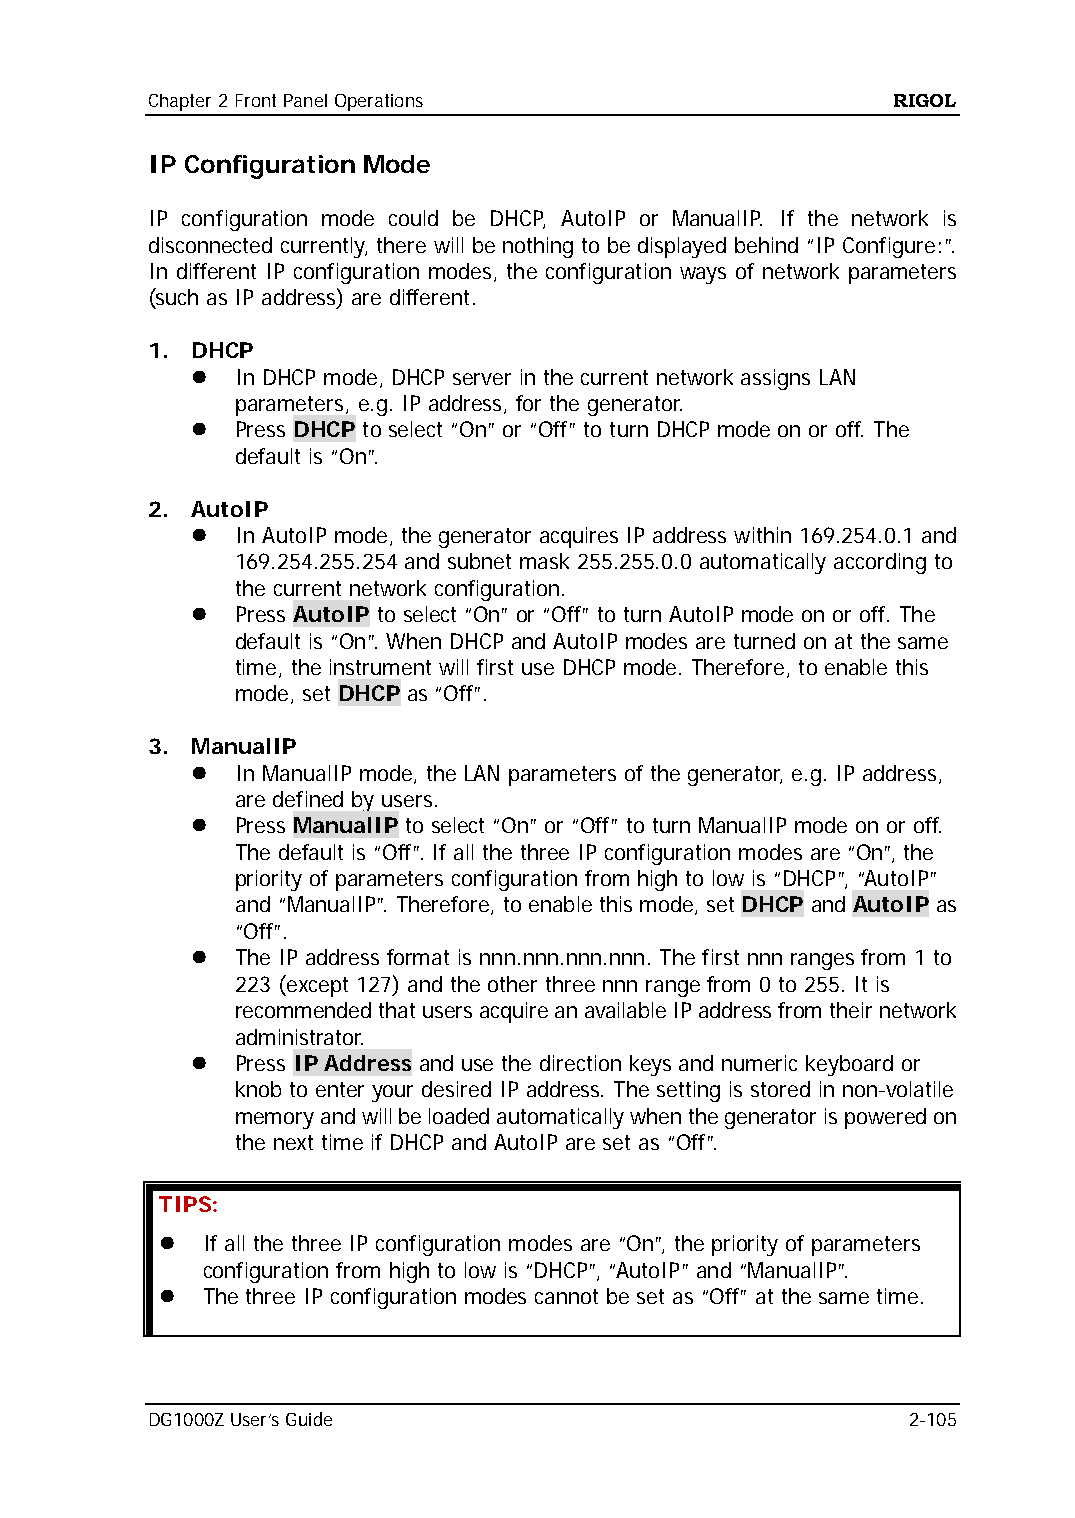
Chapter 2 Front Panel Operations                 RIGOL
 IP Configuration Mode
 IP configuration mode could be DHCP, AutoIP or ManualIP. If the network is
 disconnected currently, there will be nothing to be displayed behind “IP Configure:”.
 In different IP configuration modes, the configuration ways of network parameters
 (such as IP address) are different.
 1. DHCP
   In DHCP mode, DHCP server in the current network assigns LAN
 parameters, e.g. IP address, for the generator.
   Press DHCP to select “On” or “Off” to turn DHCP mode on or off. The
 default is “On”.
 2. AutoIP
   In AutoIP mode, the generator acquires IP address within 169.254.0.1 and
 169.254.255.254 and subnet mask 255.255.0.0 automatically according to
 the current network configuration.
   Press AutoIP to select “On” or “Off” to turn AutoIP mode on or off. The
 default is “On”. When DHCP and AutoIP modes are turned on at the same
 time, the instrument will first use DHCP mode. Therefore, to enable this
 mode, set DHCP as “Off”.
 3. ManualIP
   In ManualIP mode, the LAN parameters of the generator, e.g. IP address,
 are defined by users.
   Press ManualIP to select “On” or “Off” to turn ManualIP mode on or off.
 The default is “Off”. If all the three IP configuration modes are “On”, the
 priority of parameters configuration from high to low is “DHCP”, “AutoIP”
 and “ManualIP”. Therefore, to enable this mode, set DHCP and AutoIP as
 “Off”.
   The IP address format is nnn.nnn.nnn.nnn. The first nnn ranges from 1 to
 223 (except 127) and the other three nnn range from 0 to 255. It is
 recommended that users acquire an available IP address from their network
 administrator.
   Press IP Address and use the direction keys and numeric keyboard or
 knob to enter your desired IP address. The setting is stored in non-volatile
 memory and will be loaded automatically when the generator is powered on
 the next time if DHCP and AutoIP are set as “Off”.
 TIPS:
  If all the three IP configuration modes are “On”, the priority of parameters
 configuration from high to low is “DHCP”, “AutoIP” and “ManualIP”.
  The three IP configuration modes cannot be set as “Off” at the same time.
 DG1000Z User’s Guide                              2-105